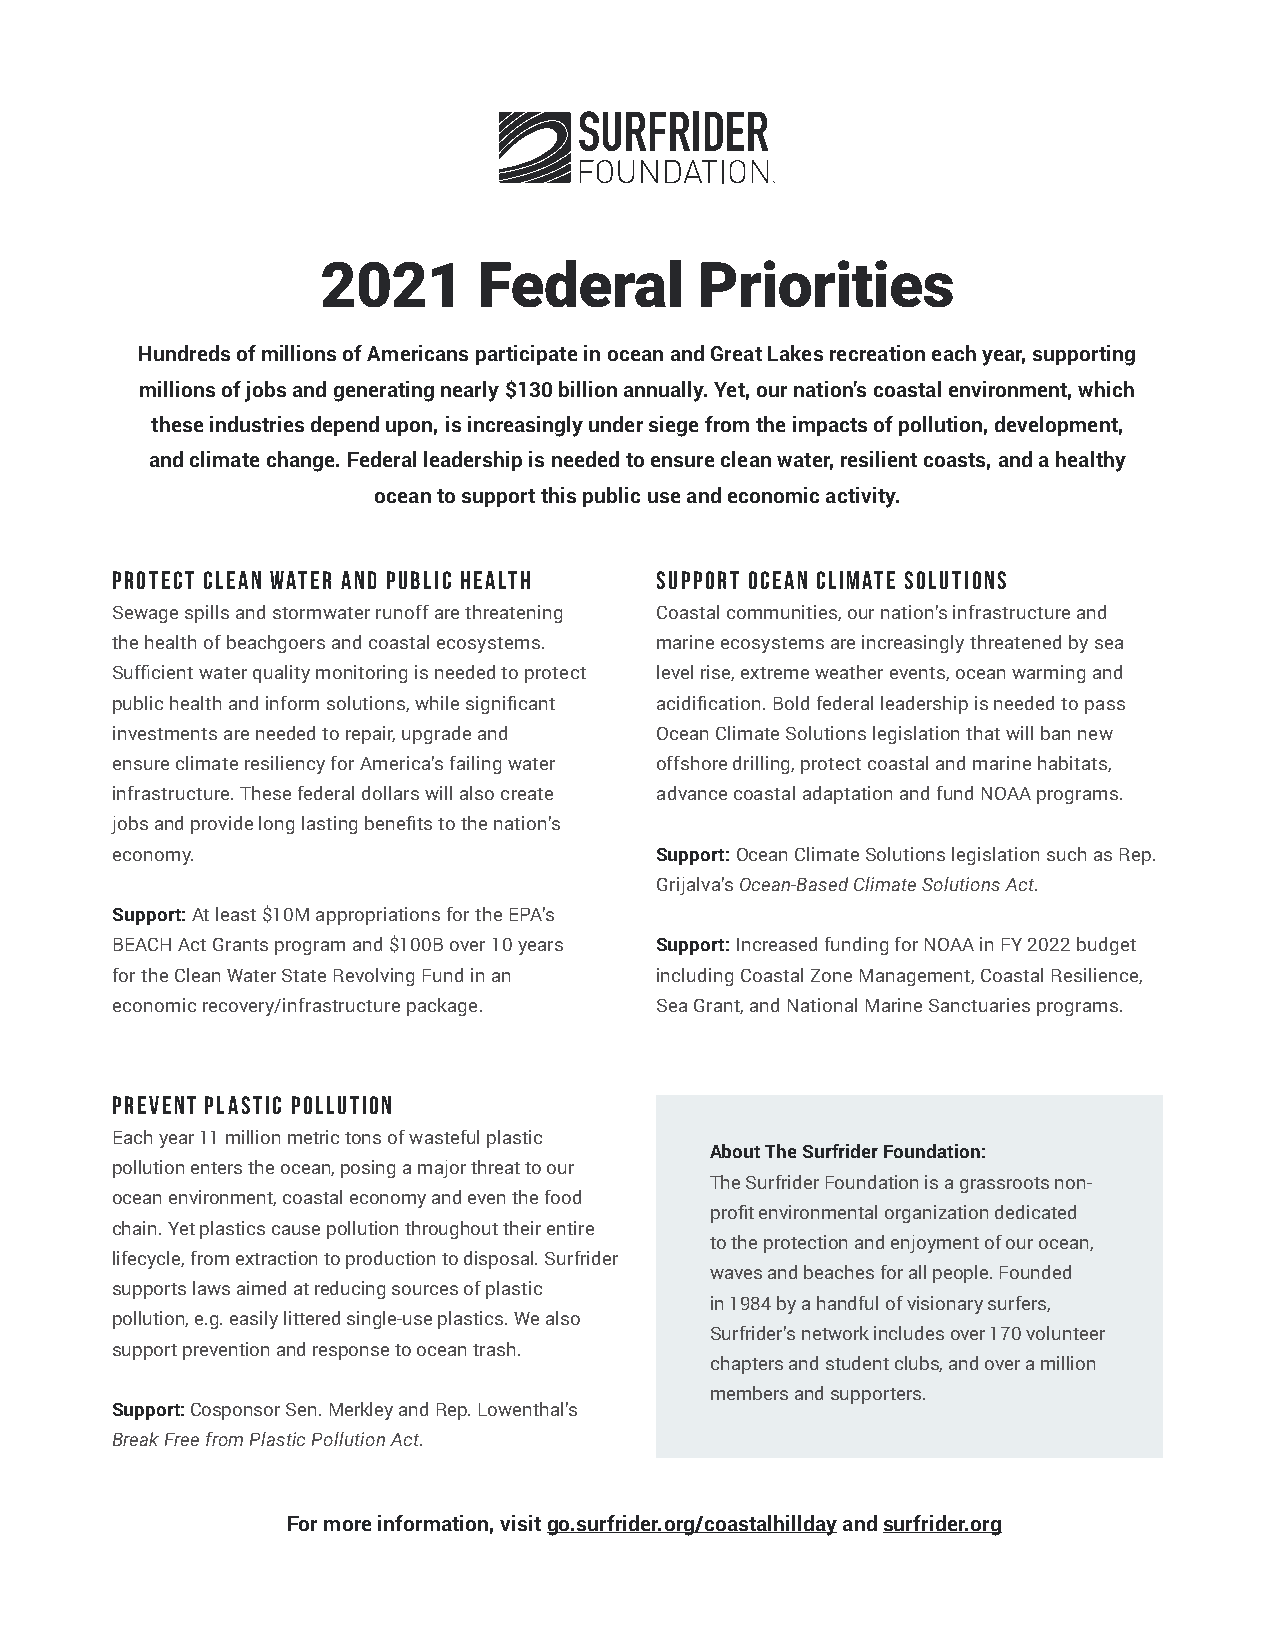
2021       Federal       Priorities
 Hundreds of millions of Americans participate in ocean and Great Lakes recreation each year, supporting
 millions of jobs and generating nearly $130 billion annually. Yet, our nation’s coastal environment, which
 these industries depend upon, is increasingly under siege from the impacts of pollution, development,
 and climate change. Federal leadership is needed to ensure clean water, resilient coasts, and a healthy
 ocean to support this public use and economic activity.
 Protect Clean Water and Public Health Support Ocean Climate Solutions
 Sewage spills and stormwater runoff are threatening Coastal communities, our nation’s infrastructure and
 the health of beachgoers and coastal ecosystems. marine ecosystems are increasingly threatened by sea
 Sufficient water quality monitoring is needed to protect level rise, extreme weather events, ocean warming and
 public health and inform solutions, while significant acidification. Bold federal leadership is needed to pass
 investments are needed to repair, upgrade and Ocean Climate Solutions legislation that will ban new
 ensure climate resiliency for America’s failing water offshore drilling, protect coastal and marine habitats,
 infrastructure. These federal dollars will also create advance coastal adaptation and fund NOAA programs.
 jobs and provide long lasting benefits to the nation’s
 economy.                            Support: Ocean Climate Solutions legislation such as Rep.
 Grijalva’s Ocean-Based Climate Solutions Act.
 Support: At least $10M appropriations for the EPA’s
 BEACH Act Grants program and $100B over 10 years Support: Increased funding for NOAA in FY 2022 budget
 for the Clean Water State Revolving Fund in an including Coastal Zone Management, Coastal Resilience,
 economic recovery/infrastructure package. Sea Grant, and National Marine Sanctuaries programs.
 Prevent Plastic Pollution
 Each year 11 million metric tons of wasteful plastic
 About The Surfrider Foundation:
 pollution enters the ocean, posing a major threat to our
 The Surfrider Foundation is a grassroots non-
 ocean environment, coastal economy and even the food
 profit environmental organization dedicated
 chain. Yet plastics cause pollution throughout their entire
 to the protection and enjoyment of our ocean,
 lifecycle, from extraction to production to disposal. Surfrider
 waves and beaches for all people. Founded
 supports laws aimed at reducing sources of plastic
 in 1984 by a handful of visionary surfers,
 pollution, e.g. easily littered single-use plastics. We also
 Surfrider’s network includes over 170 volunteer
 support prevention and response to ocean trash.
 chapters and student clubs, and over a million
 members and supporters.
 Support : Cosponsor Sen. Merkley and Rep. Lowenthal’s
 Break Free from Plastic Pollution Act.
 For more information, visit go.surfrider.org/coastalhillday and surfrider.org